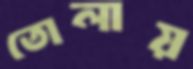
তোলায়